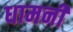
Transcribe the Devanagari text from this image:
धामनी